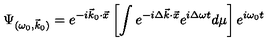
\Psi _ { ( \omega _ { 0 } , \vec { k } _ { 0 } ) } = e ^ { - i \vec { k } _ { 0 } { \cdot } \vec { x } } \left[ \int e ^ { - i \Delta \vec { k } { \cdot } \vec { x } } e ^ { i \Delta \omega t } d \mu \right] e ^ { i \omega _ { 0 } t } \!